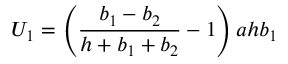
U _ { 1 } = \left( \frac { b _ { 1 } - b _ { 2 } } { h + b _ { 1 } + b _ { 2 } } - 1 \right) a h b _ { 1 }